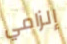
إلزامي